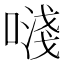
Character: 𠽈